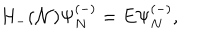
LaTeX: H _ { - } ( { \cal N } ) \Psi _ { N } ^ { ( - ) } = E \Psi _ { N } ^ { ( - ) } ,